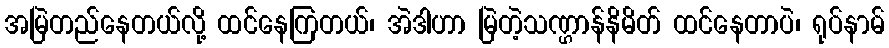
အမြဲတည်နေတယ်လို့ ထင်နေကြတယ်၊ အဲဒါဟာ မြဲတဲ့သဏ္ဌာန်နိမိတ် ထင်နေတာပဲ၊ ရုပ်နာမ်